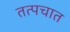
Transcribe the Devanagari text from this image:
तत्पचात